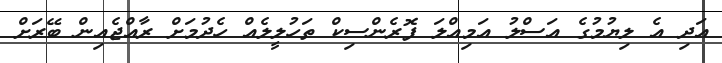
އަދި އެ ލިޔުމުގެ އަސްލު އަމިއްލަ ފޮރެންސިކް ތަހުލީލެއް ހެދުމަށް ރާއްޖެއިން ބޭރަށް